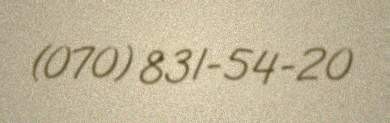
(070) 831-54-20